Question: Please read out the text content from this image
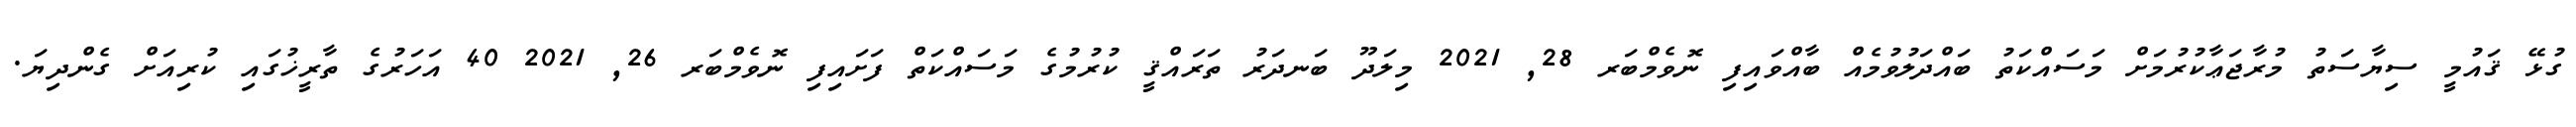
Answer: ގުޅޭ ޤައުމީ ސިޔާސަތު މުރާޖަޢާކުރުމަށް މަސައްކަތު ބައްދަލުވުމެއް ބާއްވައިފި ނޮވެމްބަރ 28, 2021 މިލަދޫ ބަނދަރު ތަރައްޤީ ކުރުމުގެ މަސައްކަތް ފަށައިފި ނޮވެމްބަރ 26, 2021 40 އަހަރުގެ ތާރީޚުގައި ކުރިއަށް ގެންދިޔަ.